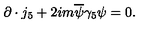
\partial \cdot j _ { 5 } + 2 i m \overline { { \psi } } \gamma _ { 5 } \psi = 0 .